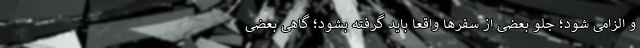
و الزامی شود؛ جلو بعضی از سفرها واقعاً باید گرفته بشود؛ گاهی بعضی